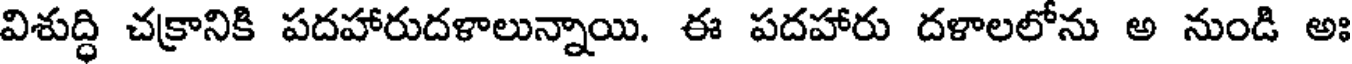
విశుద్ధి చక్రానికి పదహారుదళాలున్నాయి. ఈ పదహారు దళాలలోను అ నుండి అః